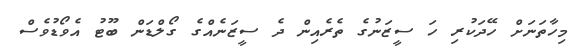
މިހާތަނަށް ހޭދަކުރި ހަ ސީޒަނުގެ ތެރެއިން ދެ ސީޒަނެެއްގެ ގޯލްޑަން ބޫޓު އެވޯޑުވެސް